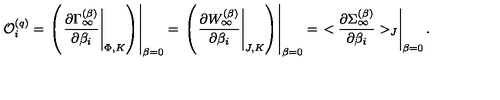
{ \cal O } _ { i } ^ { ( q ) } = \left. \left( \left. { \frac { \partial \Gamma _ { \infty } ^ { ( \beta ) } } { \partial \beta _ { i } } } \right| _ { \Phi , K } \right) \right| _ { \beta = 0 } = \left. \left( \left. { \frac { \partial W _ { \infty } ^ { ( \beta ) } } { \partial \beta _ { i } } } \right| _ { J , K } \right) \right| _ { \beta = 0 } = \left. < { \frac { \partial \Sigma _ { \infty } ^ { ( \beta ) } } { \partial \beta _ { i } } } > _ { J } \right| _ { \beta = 0 } .